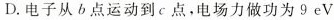
D.电子从b点运动到c点，电场力做功为9eV